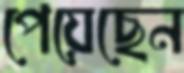
পেয়েছেন